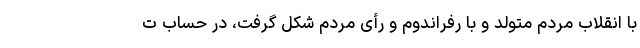
با انقلاب مردم متولد و با رفراندوم و رأی مردم شکل گرفت، در حساب ت